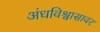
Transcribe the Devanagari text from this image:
अंधविश्वासावर